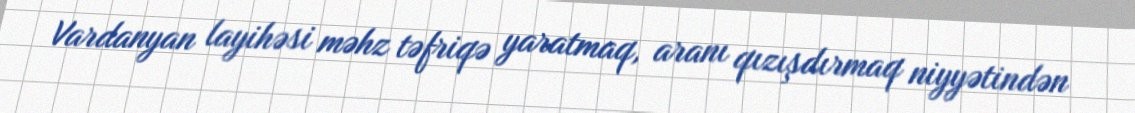
Vardanyan layihəsi məhz təfriqə yaratmaq, aranı qızışdırmaq niyyətindən